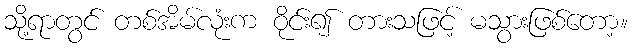
သို့ရာတွင် တစ်အိမ်လုံးက ဝိုင်း၍ တားသဖြင့် မသွားဖြစ်တော့။